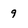
Character: 9